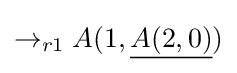
\rightarrow _{r1}A(1,{\underline {A(2,0)}})